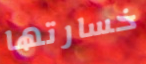
خسارتها